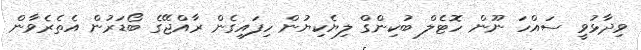
ވިދާޅުވީ ސައްހަ ނޫން ހޮޓެލް ބުކިންގް ލިޔެކިޔުން ހިފައިގެން ރާއްޖޭގެ ބޯޑަރުން އެތެރެވާން